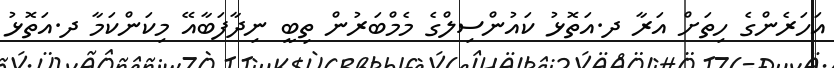
އަހަރެންގެ ހިތަށް އަރާ ދ.އަތޮޅު ކައުންސިލްގެ މެމްބަރުން ތިބީ ނިދާފަބާއޭ މިކަންކަމާ ދ.އަތޮޅު